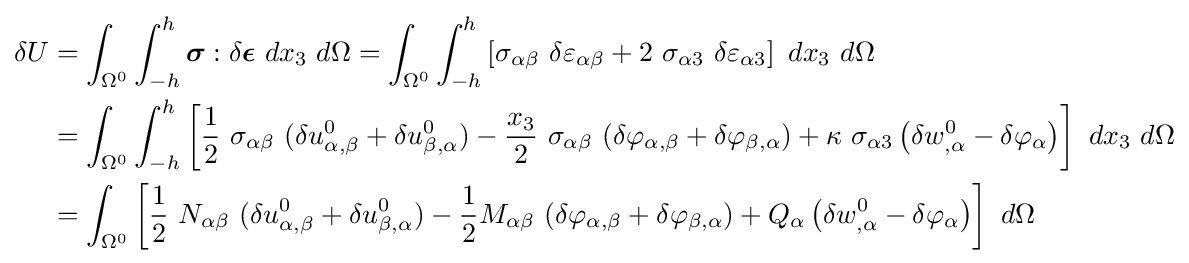
{\begin{aligned}\delta U&=\int _{\Omega ^{0}}\int _{-h}^{h}{\boldsymbol {\sigma }}:\delta {\boldsymbol {\epsilon }}~dx_{3}~d\Omega =\int _{\Omega ^{0}}\int _{-h}^{h}\left[\sigma _{\alpha \beta }~\delta \varepsilon _{\alpha \beta }+2~\sigma _{\alpha 3}~\delta \varepsilon _{\alpha 3}\right]~dx_{3}~d\Omega \\&=\int _{\Omega ^{0}}\int _{-h}^{h}\left[{\frac {1}{2}}~\sigma _{\alpha \beta }~(\delta u_{\alpha ,\beta }^{0}+\delta u_{\beta ,\alpha }^{0})-{\frac {x_{3}}{2}}~\sigma _{\alpha \beta }~(\delta \varphi _{\alpha ,\beta }+\delta \varphi _{\beta ,\alpha })+\kappa ~\sigma _{\alpha 3}\left(\delta w_{,\alpha }^{0}-\delta \varphi _{\alpha }\right)\right]~dx_{3}~d\Omega \\&=\int _{\Omega ^{0}}\left[{\frac {1}{2}}~N_{\alpha \beta }~(\delta u_{\alpha ,\beta }^{0}+\delta u_{\beta ,\alpha }^{0})-{\frac {1}{2}}M_{\alpha \beta }~(\delta \varphi _{\alpha ,\beta }+\delta \varphi _{\beta ,\alpha })+Q_{\alpha }\left(\delta w_{,\alpha }^{0}-\delta \varphi _{\alpha }\right)\right]~d\Omega \end{aligned}}